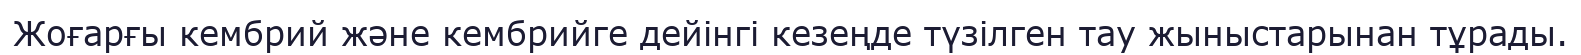
Жоғарғы кембрий және кембрийге дейінгі кезеңде түзілген тау жыныстарынан тұрады.